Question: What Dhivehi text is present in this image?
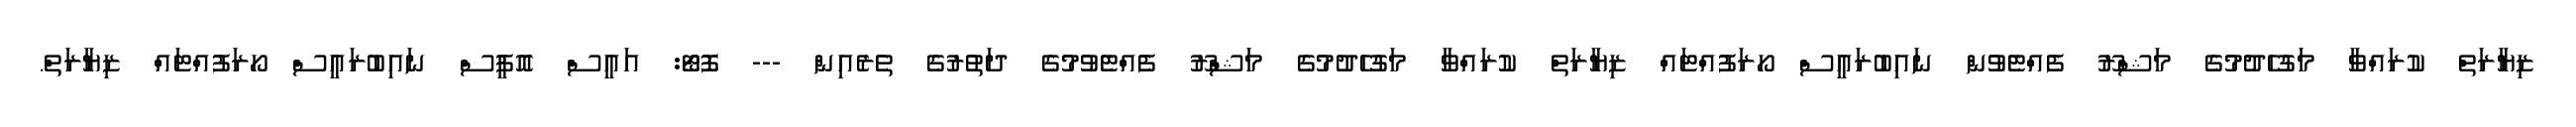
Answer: ޒިޔާރަތް ކުރައްވާ މަގުހެދުމުގެ މަޝްރޫ ފެއްޓެވުން ނައިބުރައީސް ހޯރަފުއްޓައް ޒިޔާރަތް ކުރައްވާ މަގުހެދުމުގެ މަޝްރޫ ފެއްޓެވުމުގެ ދަތުރުގެ ތެރެއިން --- ފޮޓޯ: އައީސް އޮފީސް ނައިބުރައީސް ހޯރަފުއްޓައް ޒިޔާރަތް.